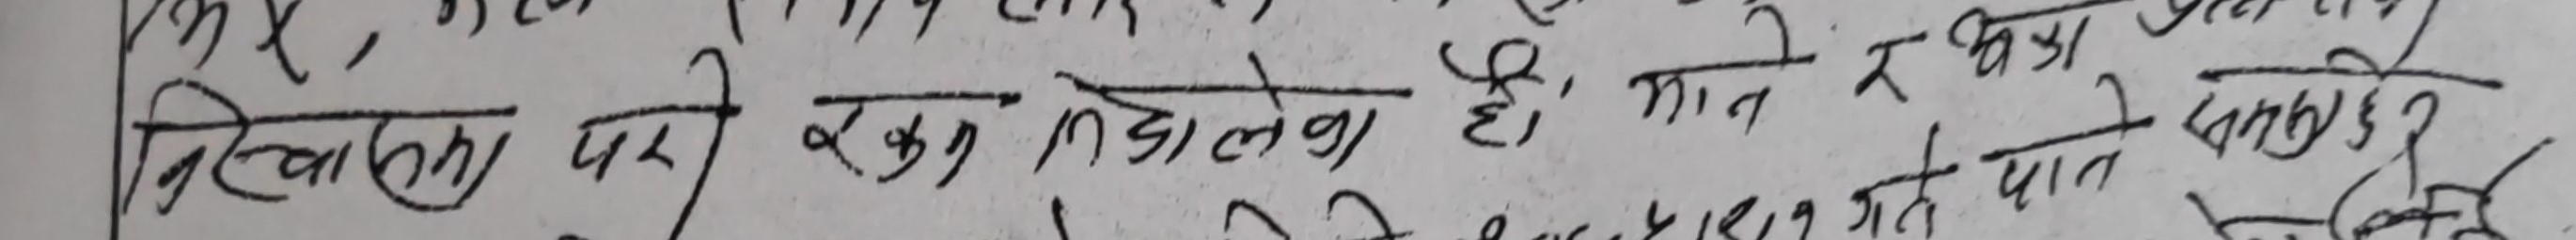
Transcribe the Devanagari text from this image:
खियाला पर रुकु निडालेका है मान्छे